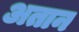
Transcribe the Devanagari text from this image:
अतान